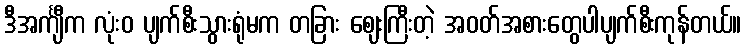
ဒီအင်္ကျီက လုံးဝ ပျက်စီးသွားရုံမက တခြား ဈေးကြီးတဲ့ အဝတ်အစားတွေပါပျက်စီးကုန်တယ်။